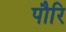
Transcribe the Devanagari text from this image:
पौरि